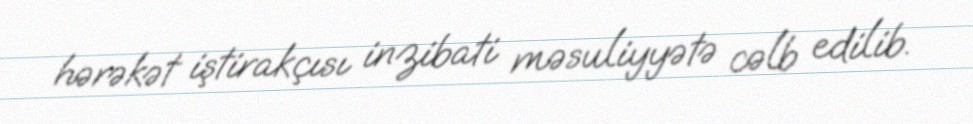
hərəkət iştirakçısı inzibati məsuliyyətə cəlb edilib.